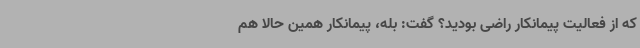
که از فعالیت پیمانکار راضی بودید؟ گفت: بله، پیمانکار همین حالا هم